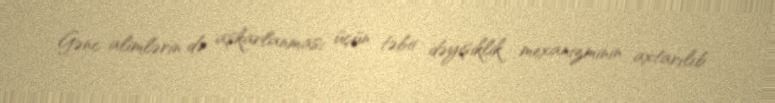
Gənc alimlərin də aşkarlanması üçün təbii dəyişiklik mexanizminin axtarılıb